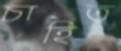
চাহিত